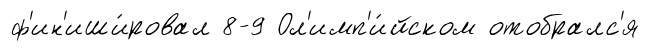
ф'ин'иши́ровал 8-9 Ол'имп'и́йском отобралс'я